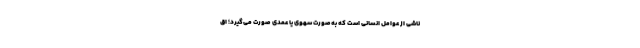
ناشی از عوامل انسانی است که به‌صورت سهوی یا عمدی صورت می‌گیرد؛ اق